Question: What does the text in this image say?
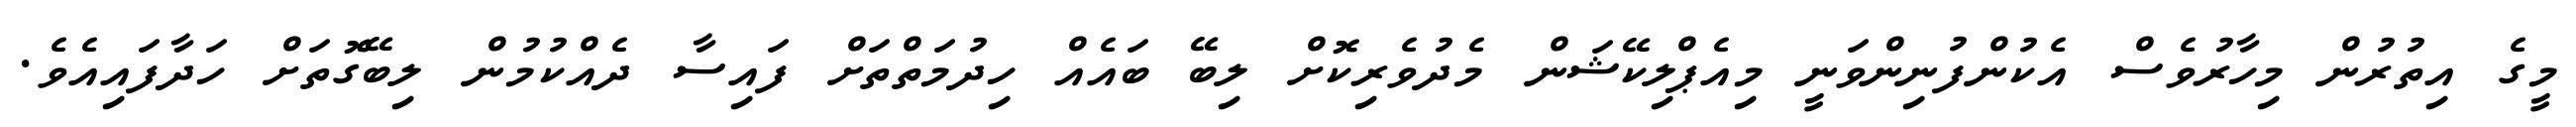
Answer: މީގެ އިތުރުން މިހާރުވެސް އެކުންފުނިންވަނީ މިއެޕްލިކޭޝަން މެދުވެރިކޮށް ލިބޭ ބައެއް ހިދުމަތްތަށް ފައިސާ ދެއްކުމުން ލިބޭގޮތަށް ހަދާފައިއެވެ.